Document type: Emphyteutic lease
Year: 1274
Scribe: Pere Marquès
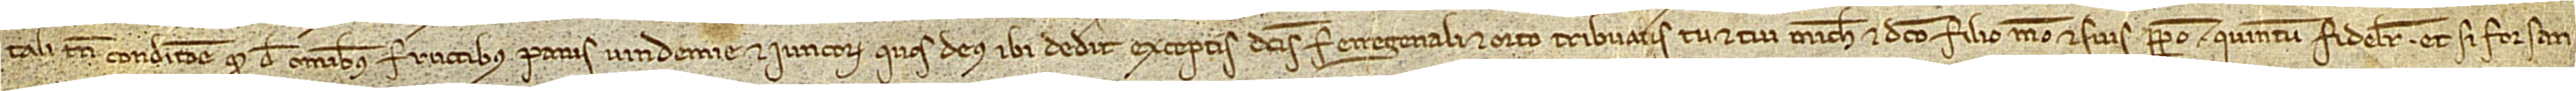
tali tamen conditione quod de omnibus fructibus panis, vindemie et iuncorum quos Deus ibi dederit, exceptis dictis ferregenali et orto, tribuatis tu et tui michi et dicto filio meo et suis perpetuo quintum fideliter. Et si forsan